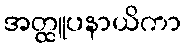
အတ္ထူပနာယိကာ